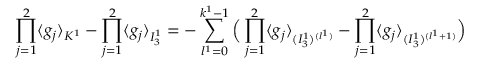
\prod _ { j = 1 } ^ { 2 } \langle g _ { j } \rangle _ { K ^ { 1 } } - \prod _ { j = 1 } ^ { 2 } \langle g _ { j } \rangle _ { I _ { 3 } ^ { 1 } } = - \sum _ { l ^ { 1 } = 0 } ^ { k ^ { 1 } - 1 } \Big ( \prod _ { j = 1 } ^ { 2 } \langle g _ { j } \rangle _ { ( I _ { 3 } ^ { 1 } ) ^ { ( l ^ { 1 } ) } } - \prod _ { j = 1 } ^ { 2 } \langle g _ { j } \rangle _ { ( I _ { 3 } ^ { 1 } ) ^ { ( l ^ { 1 } + 1 ) } } \Big )